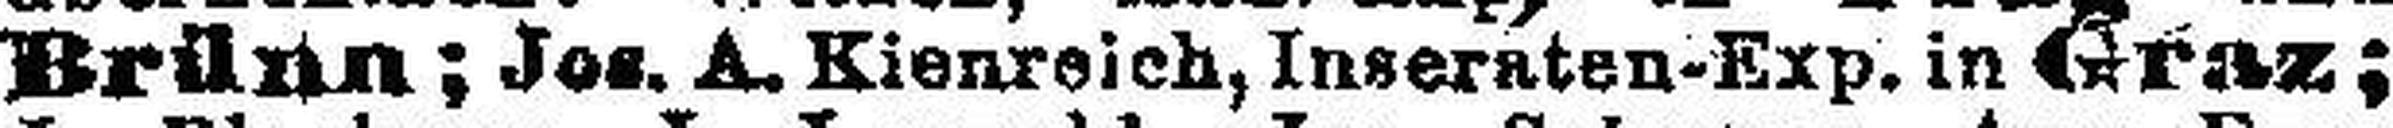
Brünn; Jos. A. Kienreich, Inseraten-Exp. in Graz;